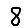
Digit: 8